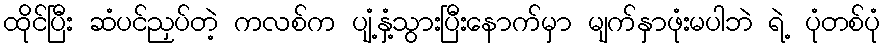
ထိုင်ပြီး ဆံပင်ညှပ်တဲ့ ကလစ်က ပျံ့နှံ့သွားပြီးနောက်မှာ မျက်နှာဖုံးမပါဘဲ ရဲ့ ပုံတစ်ပုံ